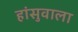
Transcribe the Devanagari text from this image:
हांसुवाला